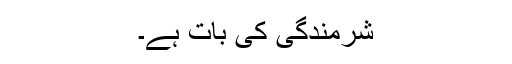
شرمندگی کی بات ہے۔